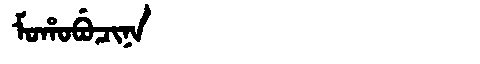
Manchu: ᠮᠣᡥᠣᠪᡠᠴᡳᠨᠠ
Romanization: MOHOBUCINA